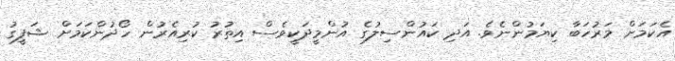
އެކަމަށް މަރުހަބާ ކިޔަމުންނެވެ. އަދި ކައުންސިލުގެ އުންމީދަކީވެސް އިތުރު ކުރިއެރުން ހޯދުންކަމަށް ޝަފީގު